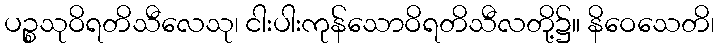
ပဉ္စသုဝိရတိသီလေသု၊ ငါးပါးကုန်သောဝိရတိသီလတို့၌။ နိဝေသေတိ၊